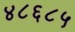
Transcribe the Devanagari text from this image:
४८६८५